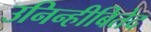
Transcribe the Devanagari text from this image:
उनिन्हीबितेद